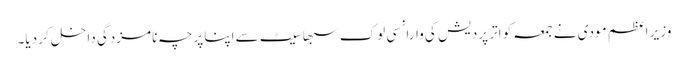
وزیر اعظم مودی نے جمعہ کو اتر پردیش کی وارانسی لوک سبھا سیٹ سےاپنا پرچہ نامزدگی داخل کر دیا۔